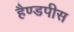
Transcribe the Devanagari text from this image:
हैण्डपीस